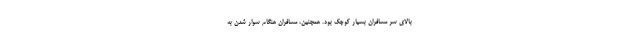
بالای سر مسافران بسیار کوچک بود. همچنین، مسافران هنگام سوار شدن به